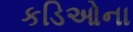
કડિઓના